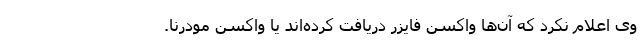
وی اعلام نکرد که آن‌ها واکسن فایزر دریافت کرده‌اند یا واکسن مودرنا.